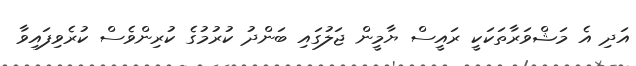
އަދި އެ މަޝްވަރާތަކަކީ ރައީސް ޔާމީން ޖަލުގައި ބަންދު ކުރުމުގެ ކުރިންވެސް ކުރެވިފައިވާ